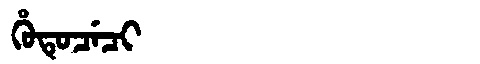
Manchu: ᡥᡠᡨᡠᠴᡝᠴᡳ
Romanization: HUTUCECI